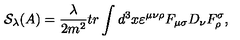
\mathcal { S } _ { \lambda } ( A ) = \frac \lambda { 2 m ^ { 2 } } t r \int d ^ { 3 } x \varepsilon ^ { \mu \nu \rho } F _ { \mu \sigma } D _ { \nu } F _ { \rho } ^ { \sigma } ,